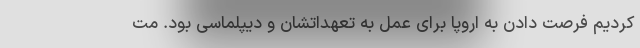
کردیم فرصت دادن به اروپا برای عمل به تعهداتشان و دیپلماسی بود. مت